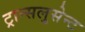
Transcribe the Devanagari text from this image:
ट्रान्सलुसेन्ट